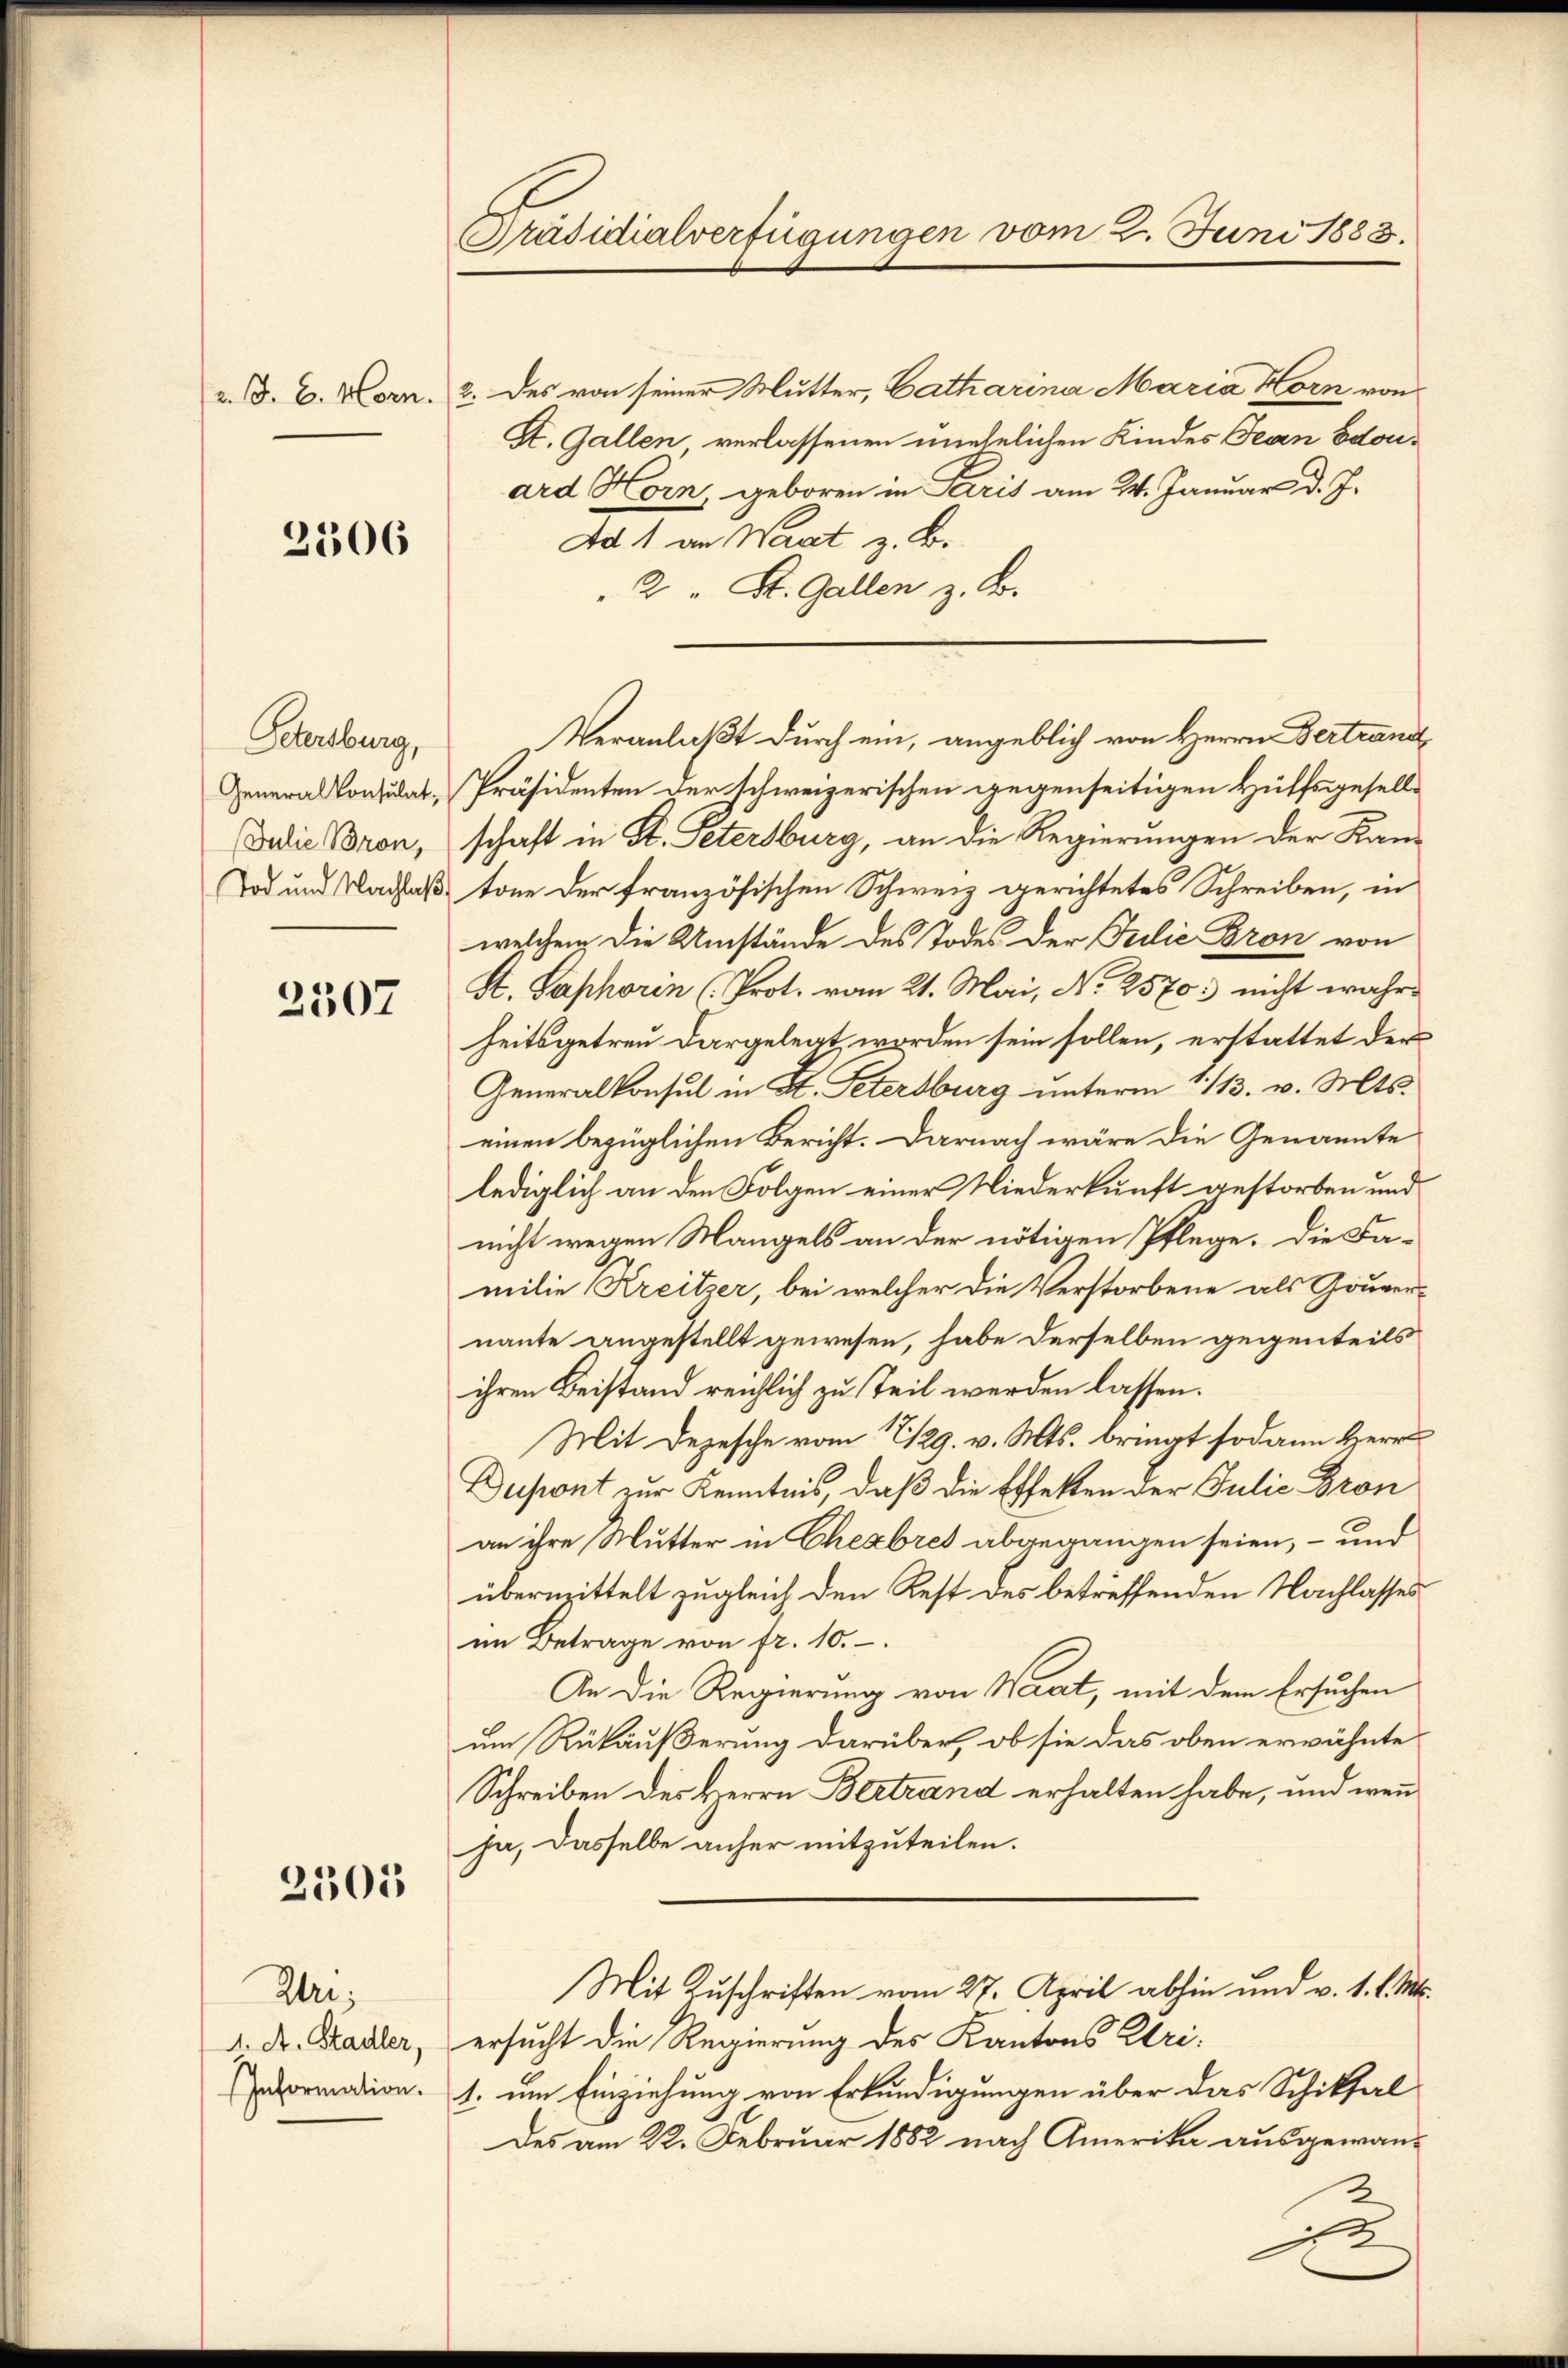
2306

Petersburg,

2507

2305

Uri,

Präsidialverfügungen vom 2. Juni 1883.

z. S. B. Vorn. 2. des von seiner Mutter, Catharina Maria Horn von
St. Gallen verlassenen unehelichen Kindes Jean Edouard Horn geboren in Paris am 24. Januar d. J.
Ad 1 an Waat z. B.
2 " St. Gallen z. B.
General Consulat, Präsidenten der schweizerischen gegenseitigen Hülfsgesells
Dedie Bron, schaft in St. Petersburg, an die Regierungen der Kan-
Tod und Nachlaß tone der französischen Schweiz gerichtetes Schreiben, in
welchem die Umstände des Todes der Filie Bron von
S. Saphorin (Prot. vom 21. Mai, N. 2570: nicht wahre
heitsgetreu dargelegt worden sein sollen, erstattet der
Generalkonsul in St. Petersburg unterm 1113. v. Mts.
einen bezüglichen Bericht. Darnach wäre die Genannte
lediglich an den Folgen einer Niederkunft gestorben und
nicht wegen Mangels an der nötigen Pflege. Die Fa-
milie Kreitzer, bei welcher die Verstorbene als Gouvernante angestellt gewesen, habe derselben gegenteils
ihren Beistand reichlich zu teil werden lassen.
Mit Depesche vom 2129. v. Mts. bringt sodann Herr
Dupont zur Kenntnis, daß die Effekten der Julie Bron
an ihre Mutter in Chexbres abgegangen seien, – und
übermittelt zugleich den Rest des betreffenden Nachlasses
im Betrage von fr. 10.
An die Regierung von Waat, mit dem Ersuchen
um Rükäußerung darüber, ob sie das oben erwähnte
Schreiben des Herrn Bertrand erhalten habe, und wenn
ja, dasselbe anher mitzuteilen.
Mit Zuschriften vom 27. April abhin und v. 1. l. Mts.
d. Dr. Stadler, ersucht die Regierung des Kantons Urinormation. 1. um Einziehung von Erkundigungen über das Schiksal
Des am 22. Februar 1882 nach Amerika ausgewanc

Veranlaßt durch ein, angeblich von Herrn Bertrand¬